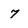
Character: 7